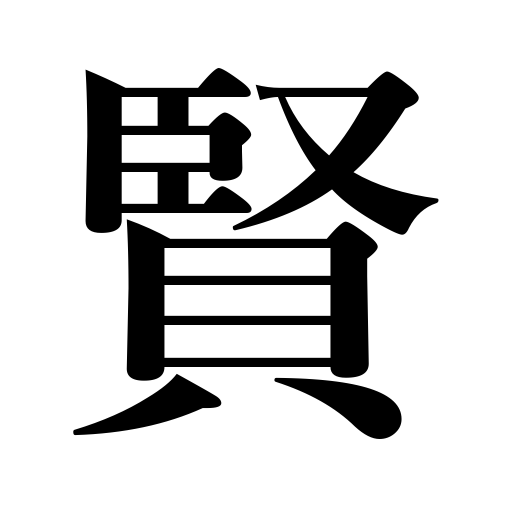
Meanings: wise,cleverness,wisdom,intelligent